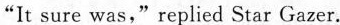
"It sure was," replied Star Gazer.